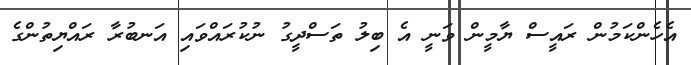
އެހެންކަމުން ރައީސް ޔާމީން ވަނީ އެ ބިލު ތަސްދީގު ނުކުރައްވައި އަނބުރާ ރައްޔިތުންގެ